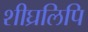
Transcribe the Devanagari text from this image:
शीघ्रलिपि